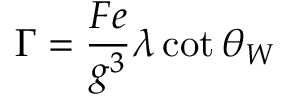
\Gamma = \frac { F e } { g ^ { 3 } } \lambda \cot \theta _ { W }